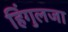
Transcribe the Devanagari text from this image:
हिंगुलजा